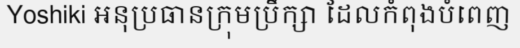
Yoshiki អនុប្រធានក្រុមប្រឹក្សា ដែលកំពុងបំពេញ